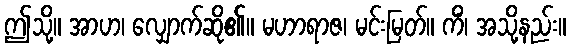
ဤသို့။ အာဟ၊ လျှောက်ဆို၏။ မဟာရာဇ၊ မင်းမြတ်။ ကိံ၊ အသို့နည်း။